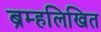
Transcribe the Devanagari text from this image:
ब्रम्हलिखित